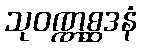
သုဝဏ္ဏစ္ဆဒနံ